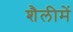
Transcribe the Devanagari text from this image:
शैलीमें